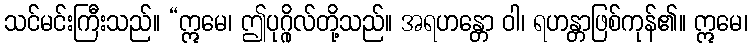
သင်မင်းကြီးသည်။ “ဣမေ၊ ဤပုဂ္ဂိုလ်တို့သည်။ အရဟန္တော ဝါ၊ ရဟန္တာဖြစ်ကုန်၏။ ဣမေ၊